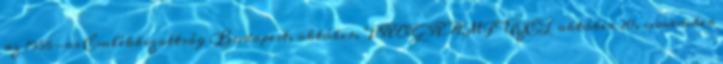
az 1956-os Emlékbizottság Budapest, október. PROGRAMFÜZET október 20. november